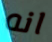
انه